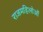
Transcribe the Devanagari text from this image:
राजमहिलोओं